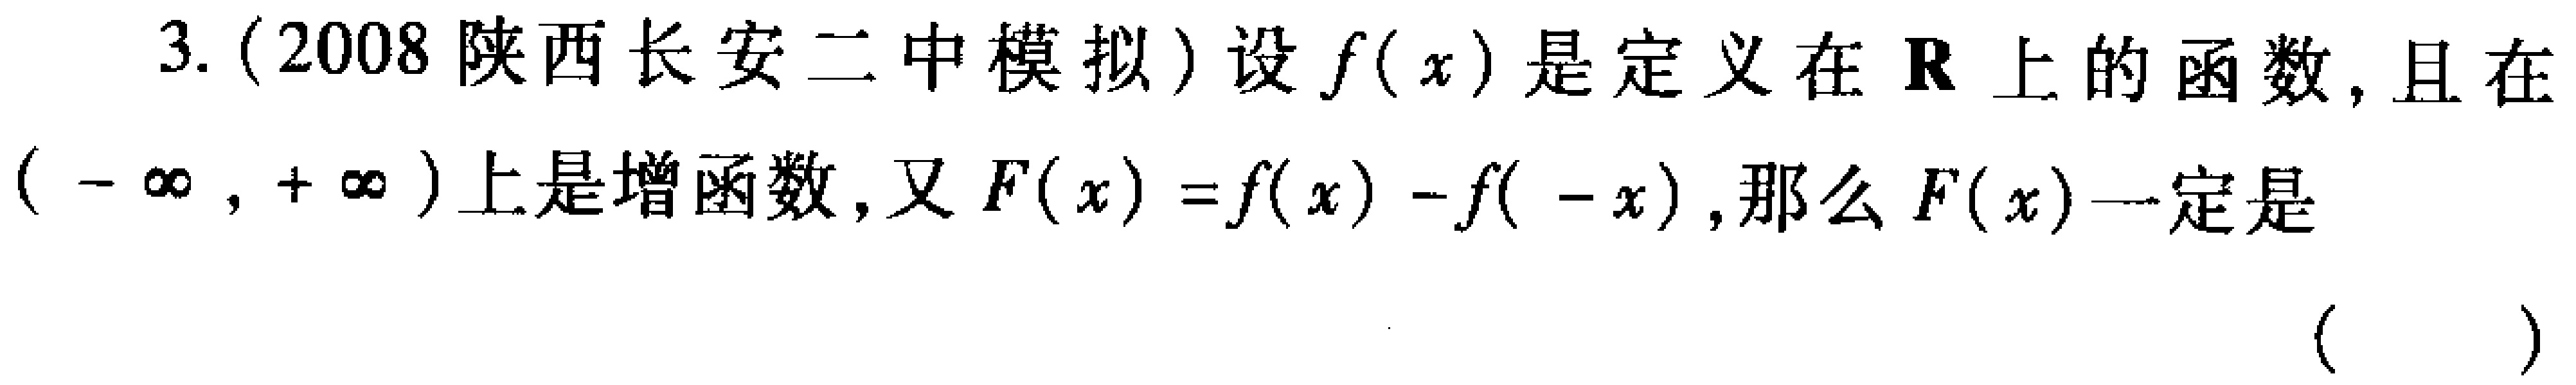
3.（2008陕西长安二中模拟）设\(f(x)\)是定义在\(\mathbf{R}\)上的函数，且在\((-\infty,+\infty)\)上是增函数，又\(F(x)=f(x)-f(-x)\)，那么\(F(x)\)一定是 （  ）